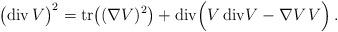
LaTeX: \begin{align*} \big(\mathrm{div}\,V\big)^2=\mathrm{tr}\big((\nabla V)^2\big)+\mathrm{div}\Big(V\,\mathrm{div}V- \nabla V \, V \Big) \,.\end{align*}